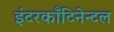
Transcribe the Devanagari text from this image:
इंटरकाँटिनेन्टल